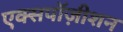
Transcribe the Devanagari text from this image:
एक्सपॉज़ीशन